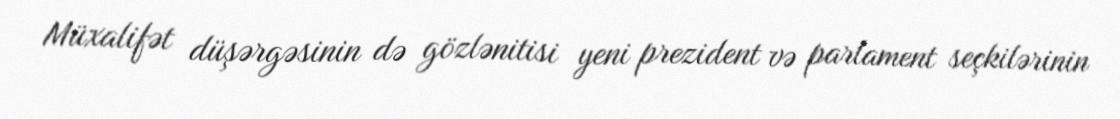
Müxalifət düşərgəsinin də gözlənitisi yeni prezident və parlament seçkilərinin